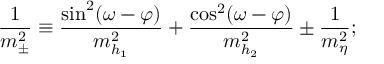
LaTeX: \frac { 1 } { m _ { \pm } ^ { 2 } } \equiv \frac { \sin ^ { 2 } ( \omega - \varphi ) } { m _ { h _ { 1 } } ^ { 2 } } + \frac { \cos ^ { 2 } ( \omega - \varphi ) } { m _ { h _ { 2 } } ^ { 2 } } \pm \frac { 1 } { m _ { \eta } ^ { 2 } } ; \nonumber